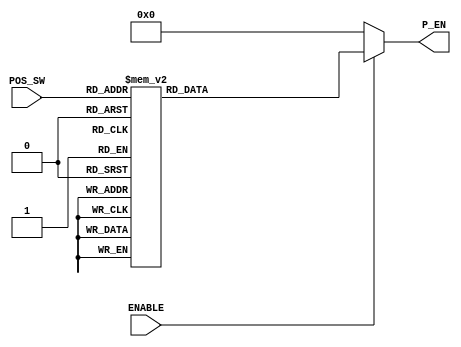
`timescale 1ns / 1ps
//////////////////////////////////////////////////////////////////////////////////
// Company: 
// Engineer: 
// 
// Design Name: 
// Module Name: TTT_Decoder
// Project Name: 
// Target Devices: 
// Tool Versions: 
// Description: 
// 
// Dependencies: 
// 
// Revision:
// Revision 0.01 - File Created
// Additional Comments:
// 
//////////////////////////////////////////////////////////////////////////////////


module TTT_Decoder(
    input [3:0] POS_SW,
    input ENABLE,
    output wire [8:0] P_EN
    );
    reg [8:0] temp;
    assign P_EN = (ENABLE == 1'b1) ? temp : 9'b0;
    
    always@ (*) begin
    case(POS_SW)
    4'd1: temp <= 9'b000000001; // 0001
    4'd2: temp <= 9'b000000010; // 0010
    4'd3: temp <= 9'b000000100; // 0011
    4'd4: temp <= 9'b000001000; // 0100
    4'd5: temp <= 9'b000010000; // 0101
    4'd6: temp <= 9'b000100000; // 0110
    4'd7: temp <= 9'b001000000; // 0111
    4'd8: temp <= 9'b010000000; // 1000
    4'd9: temp <= 9'b100000000; // 1001
    default: temp <= 9'b000000000;    //ANYTHING ELSE WILL NOT BE ASSIGNED TO ANY CELL
    endcase 
  
    end 
        
endmodule